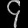
Digit: ၄